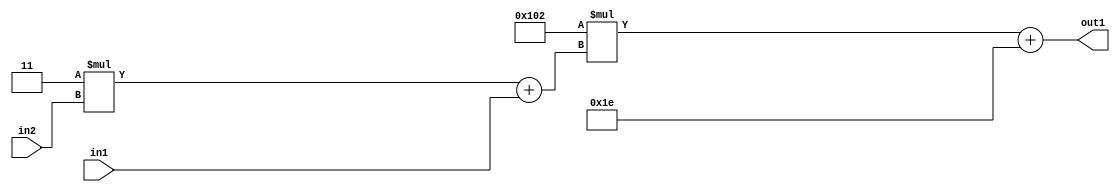
`timescale 1ps / 1ps
/*****************************************************************************
    Verilog RTL Description
    
    
    Created by: Stratus DpOpt 2019.1.01 
*******************************************************************************/

module DC_Filter_Add2i30Mul2i258Add2u1Mul2i3u2_4 (
	in2,
	in1,
	out1
	); /* architecture "behavioural" */ 
input [1:0] in2;
input  in1;
output [11:0] out1;
wire [11:0] asc001;
wire [3:0] asc002;

wire [3:0] asc002_tmp_0;
assign asc002_tmp_0 = 
	+(4'B0011 * in2);
assign asc002 = asc002_tmp_0
	+(in1);

wire [11:0] asc001_tmp_1;
assign asc001_tmp_1 = 
	+(12'B000100000010 * asc002);
assign asc001 = asc001_tmp_1
	+(12'B000000011110);

assign out1 = asc001;
endmodule

/* CADENCE  v7b1TQA= : u9/ySgnWtBlWxVPRXgAZ4Og= ** DO NOT EDIT THIS LINE ******/